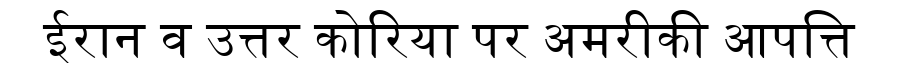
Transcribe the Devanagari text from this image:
ईरान व उत्तर कोरिया पर अमरीकी आपत्ति